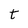
Character: t